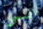
السجن